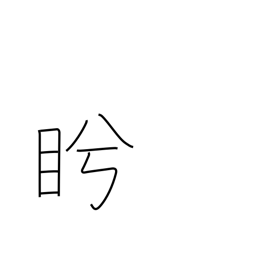
Meaning: glare at